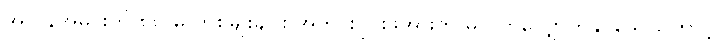
အလွန်အမင်းကို ၈၈)မှ တစ်မျိုးချင်း အတွင်းပိုင်းဖိအားကို မလိုက်လျှောက်နိုင်သောကြောင့်